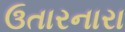
ઉતારનારા